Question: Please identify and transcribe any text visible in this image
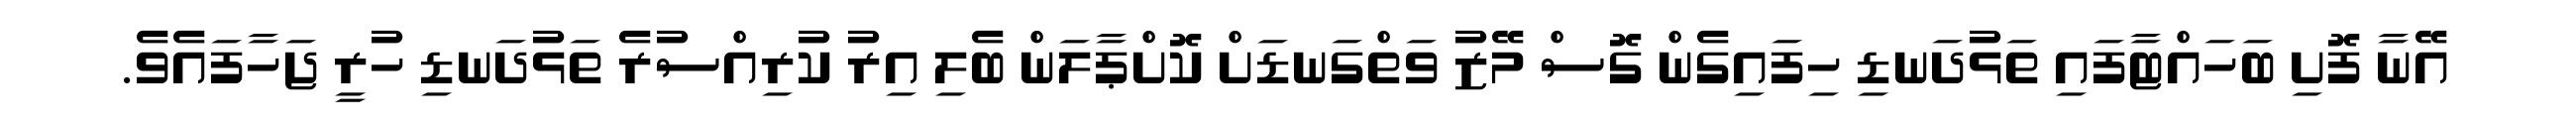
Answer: އޭނާ ފޮށި ބަހައްޓާފައި ތަޅުދަނޑި ހިފައިގެން ގޮސް މޭޒު ވަތްގަނޑަށް ކޮށްޕާލަން ބެލި އިރު ކުރިއްސުރެ ތަޅުދަނޑި ހުރީ ޖަހާފައެވެ.